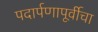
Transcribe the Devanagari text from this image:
पदार्पणापूर्वीचा